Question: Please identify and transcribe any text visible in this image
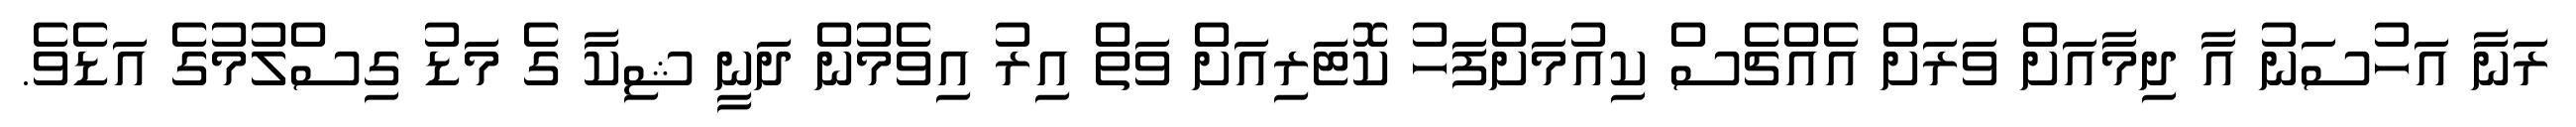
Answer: ރަނާ އަހުސަނު އާ ދިމާއަށް ވަރަށް އެއްޗެސް ކިއުމަށްފަހު ކޮޓަރިއަށް ވަތް އިރު އިވެމުން ދަނީ ޝިކާ ގެ މަޑު ގިސްލުމުގެ އަޑެވެ.